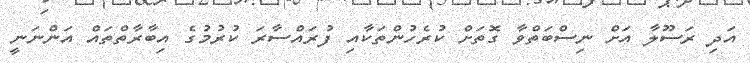
އަދި ރަސޫލާ އަށް ނިސްބަތްވާ ގޮތަށް ކުރެހުންތަކާއި ފުރައްސާރަ ކުރުމުގެ އިބާރާތްތައް އަންނަނީ